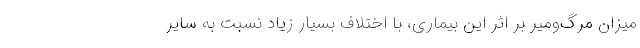
میزان مرگ‌ومیر بر اثر این بیماری، با اختلاف بسیار زیاد نسبت به سایر